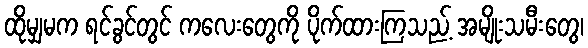
ထိုမျှမက ရင်ခွင်တွင် ကလေးတွေကို ပိုက်ထားကြသည့် အမျိုးသမီးတွေ၊